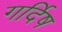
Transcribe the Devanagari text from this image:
गर्दिष